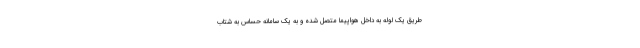
طریق یک لوله به داخل هواپیما متصل شده و به یک سامانه حساس به شتاب